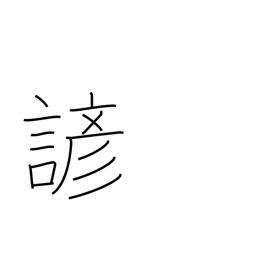
Meaning: proverb